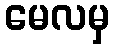
မေလမှ